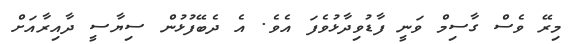
މިރޭ ވެސް ގާސިމް ވަނީ ފާޑުވިދާޅުވެފަ އެވެ. އެ ދެބޭފުޅުން ސިޔާސީ ދާއިރާއަށް